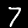
Digit: 7